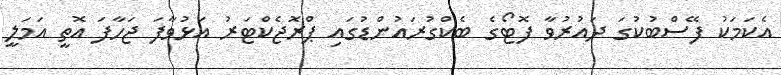
އެކަމަކު ފޭސްބުކުގަ ދައުރުވާ ފޮޓޯގެ ބެކްގުރައުންޑުގައި ޕްރޮޖެކްޓަރު އަޅުވާފަ ޖަހާފަ އޮތީ އަމަލީ